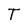
Character: T